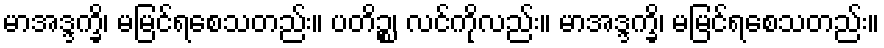
မာအဒ္ဒက္ခိ၊ မမြင်ရစေသတည်း။ ပတိဉ္စ၊ လင်ကိုလည်း။ မာအဒ္ဒက္ခိ၊ မမြင်ရစေသတည်း။